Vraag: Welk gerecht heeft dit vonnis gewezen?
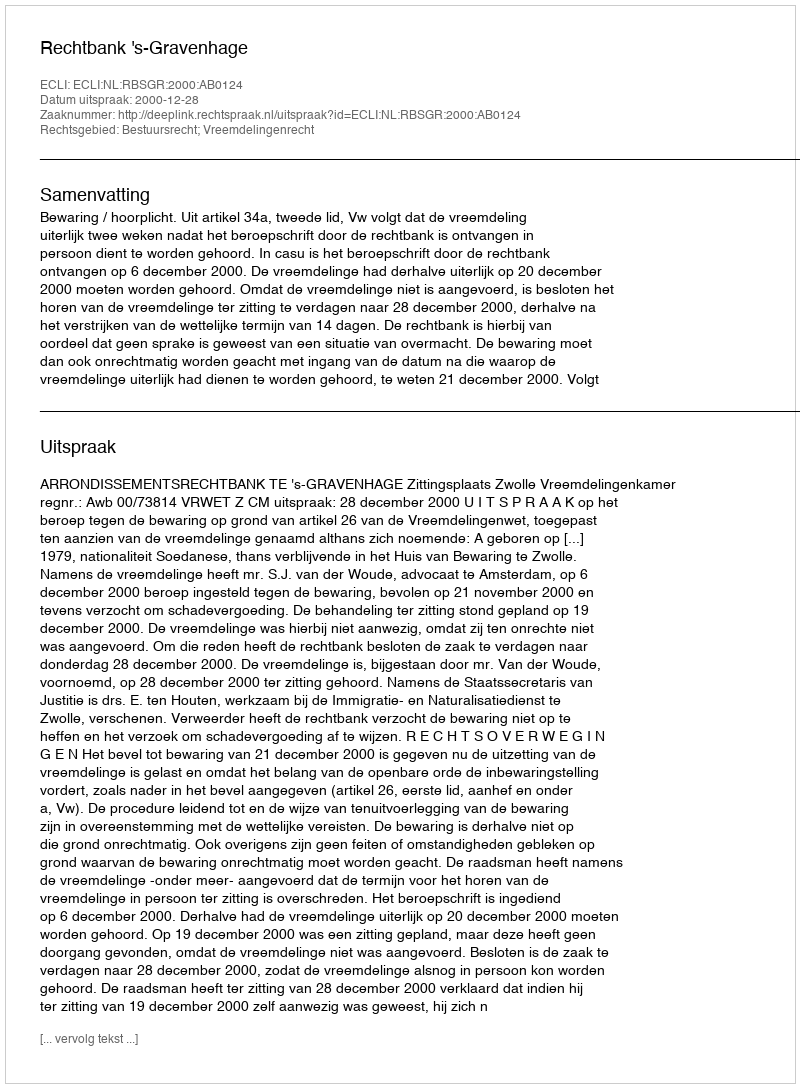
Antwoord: Rechtbank 's-Gravenhage